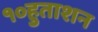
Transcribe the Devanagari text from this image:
१०हुताशन